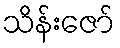
သိန်းဇော်